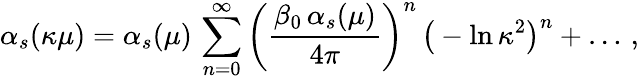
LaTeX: \alpha_{s}(\kappa\mu)=\alpha_{s}(\mu)\, \sum_{n=0}^{\infty}\bigg({\frac{\beta_{0}\, \alpha_{s}(\mu)}{4\pi}}\bigg)^{n}\, \big(-\ln\kappa^{2}\big)^{n}+\ldots\, ,